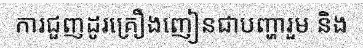
ការជួញដូរគ្រឿងញៀនជាបញ្ហារួម និង